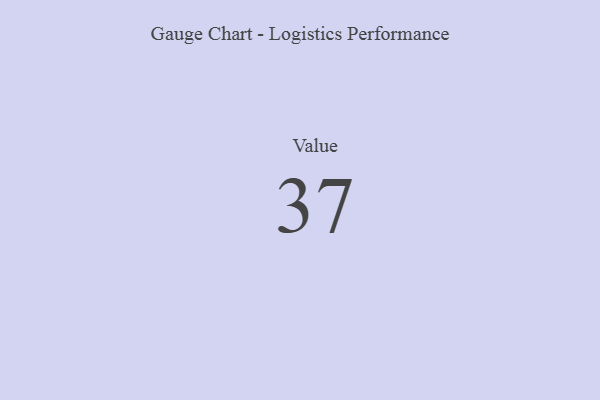
{"axis": {"x": "Metric", "y": "Value"}, "legend": [""], "data": [{"x": "Value", "y": 37, "type": ""}]}